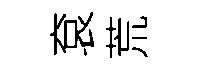
袞荒